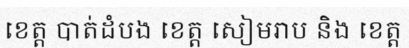
ខេត្ត បាត់ដំបង ខេត្ត សៀមរាប និង ខេត្ត